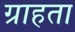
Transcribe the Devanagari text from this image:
ग्राहता